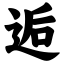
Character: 逅